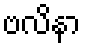
ဗလိနာ